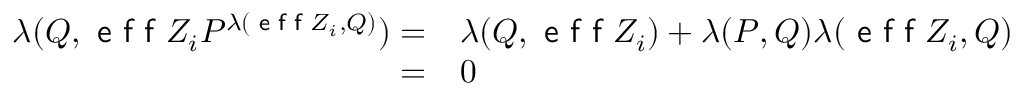
\begin{array} { r l } { \lambda ( Q , \textsf { e f f } Z _ { i } P ^ { \lambda ( \textsf { e f f } Z _ { i } , Q ) } ) = } & { { } \lambda ( Q , \textsf { e f f } Z _ { i } ) + \lambda ( P , Q ) \lambda ( \textsf { e f f } Z _ { i } , Q ) } \\ { = } & { { } 0 } \end{array}